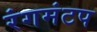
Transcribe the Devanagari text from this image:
रंगमंटप